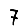
Digit: 7